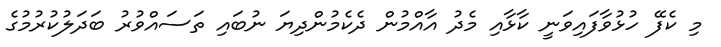
މި ކެފޭ ހުޅުވާފައިވަނީ ކާޅާއި މެދު އާއްމުން ދެކެމުންދިޔަ ނުބައި ތަސައްވުރު ބަދަލުކުރުމުގެ